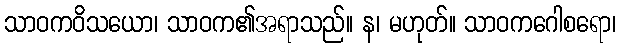
သာဝကဝိသယော၊ သာဝက၏အရာသည်။ န၊ မဟုတ်။ သာဝကဂေါစရော၊